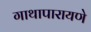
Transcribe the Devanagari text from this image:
गाथापारायणे